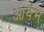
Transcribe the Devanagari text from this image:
आर्यभ